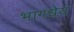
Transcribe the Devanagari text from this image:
भागधेय